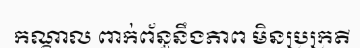
កណ្តាល ពាក់ព័ន្ធនឹងភាព មិនប្រក្រតី